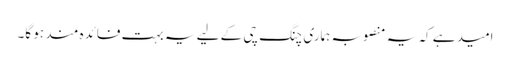
امید ہے کہ یہ منصوبہ ہماری چنگ چی کے لیے یہ بہت فائدہ مند ہو گا۔